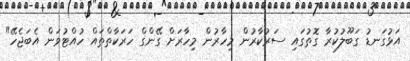
އަޅުގަނޑު ގަބޫލުކުރާ ގޮތުގައި ސަރުކާރުން މިހާރުން މިހާރަށް ގޭންގް ހަރަކާތްތައް ހުއްޓުވަން އެބަޖެހޭ"